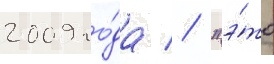
2009 го́да // "э́то